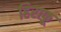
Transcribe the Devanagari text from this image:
हिराफ़ू